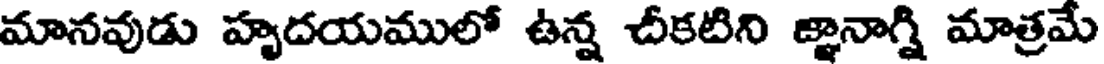
మానవుడు హృదయములో ఉన్న చీకటిని జ్ఞానాగ్ని మాత్రమే